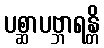
ပစ္ဆာပဗ္ဘာရန္တိ